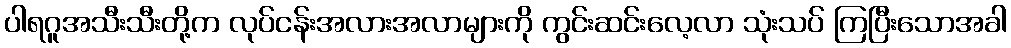
ပါရဂူအသီးသီးတို့က လုပ်ငန်းအလားအလာများကို ကွင်းဆင်းလေ့လာ သုံးသပ် ကြပြီးသောအခါ